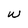
Character: w